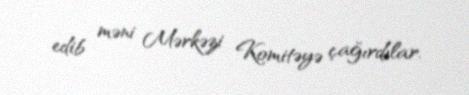
edib məni Mərkəzi Komitəyə çağırdılar.